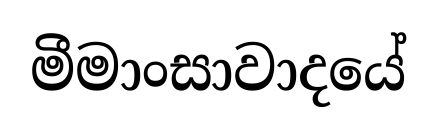
මීමාංසාවාදයේ